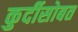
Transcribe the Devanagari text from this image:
कुर्दीसोबत